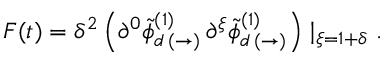
F ( t ) = \delta ^ { 2 } \left( \partial ^ { 0 } \tilde { \phi } _ { d \, ( \rightarrow ) } ^ { ( 1 ) } \, \partial ^ { \xi } \tilde { \phi } _ { d \, ( \rightarrow ) } ^ { ( 1 ) } \right) \mid _ { \xi = 1 + \delta } .